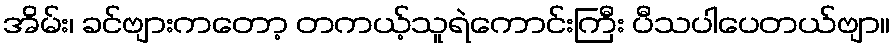
အိမ်း၊ ခင်ဗျားကတော့ တကယ့်သူရဲကောင်းကြီး ပီသပါပေတယ်ဗျာ။